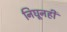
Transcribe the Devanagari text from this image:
निघूनही